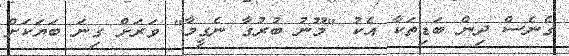
ގެނެސް ދިން ބަޑިތަކާ އެކު "މޫނު ބުރުގާ ނެގީމާ" ވަރަށް ގިނަ ބަޔަކަށް